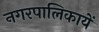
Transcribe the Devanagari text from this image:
नगरपालिकायें